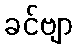
ခင်ဗျာ